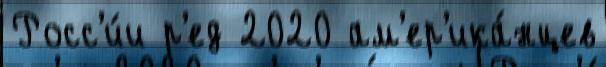
Росс'и́и р'ед 2020 ам'ер'ика́нцев